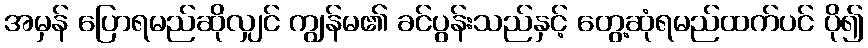
အမှန် ပြောရမည်ဆိုလျှင် ကျွန်မ၏ ခင်ပွန်းသည်နှင့် တွေ့ဆုံရမည်ထက်ပင် ပို၍